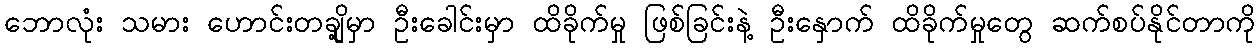
ဘောလုံး သမား ဟောင်းတချို့မှာ ဦးခေါင်းမှာ ထိခိုက်မှု ဖြစ်ခြင်းနဲ့ ဦးနှောက် ထိခိုက်မှုတွေ ဆက်စပ်နိုင်တာကို